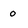
Character: 0